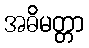
အဓိမတ္တာ